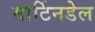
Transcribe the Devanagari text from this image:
मार्टिनडेल